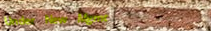
Under New Mgmt